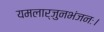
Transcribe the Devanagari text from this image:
यमलार्जुनभंजनः।